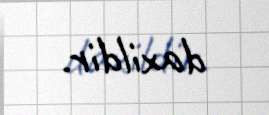
daxildir.